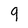
Character: 9